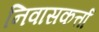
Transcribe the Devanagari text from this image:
निवासकर्त्ता